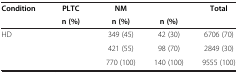
<table><thead><tr><td rowspan="2"><b>Condition</b></td><td><b>PLTC</b></td><td><b>NM</b></td><td>[EMPTY_CELL]</td><td><b>Total</b></td></tr><tr><td><b>n (%)</b></td><td><b>n (%)</b></td><td><b>n (%)</b></td><td>[EMPTY_CELL]</td></tr></thead><tbody><tr><td>HD</td><td>[EMPTY_CELL]</td><td>349 (45)</td><td>42 (30)</td><td>6706 (70)</td></tr><tr><td>[EMPTY_CELL]</td><td>[EMPTY_CELL]</td><td>421 (55)</td><td>98 (70)</td><td>2849 (30)</td></tr><tr><td>[EMPTY_CELL]</td><td>[EMPTY_CELL]</td><td>770 (100)</td><td>140 (100)</td><td>9555 (100)</td></tr></tbody></table>